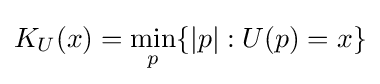
K_{U}(x)=\min _{p}\{|p|:U(p)=x\}